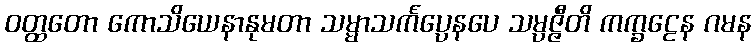
ဝတ္ထတော ကောသိယေနာနုမတာ သမ္မာသင်္ကပ္ပေနပေ သမ္ပဇ္ဇီတိ ကက္ခဠေန ဂမန